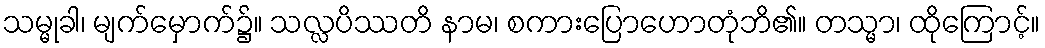
သမ္မုခါ၊ မျက်မှောက်၌။ သလ္လပိဿတိ နာမ၊ စကားပြောဟောတုံဘိ၏။ တသ္မာ၊ ထိုကြောင့်။